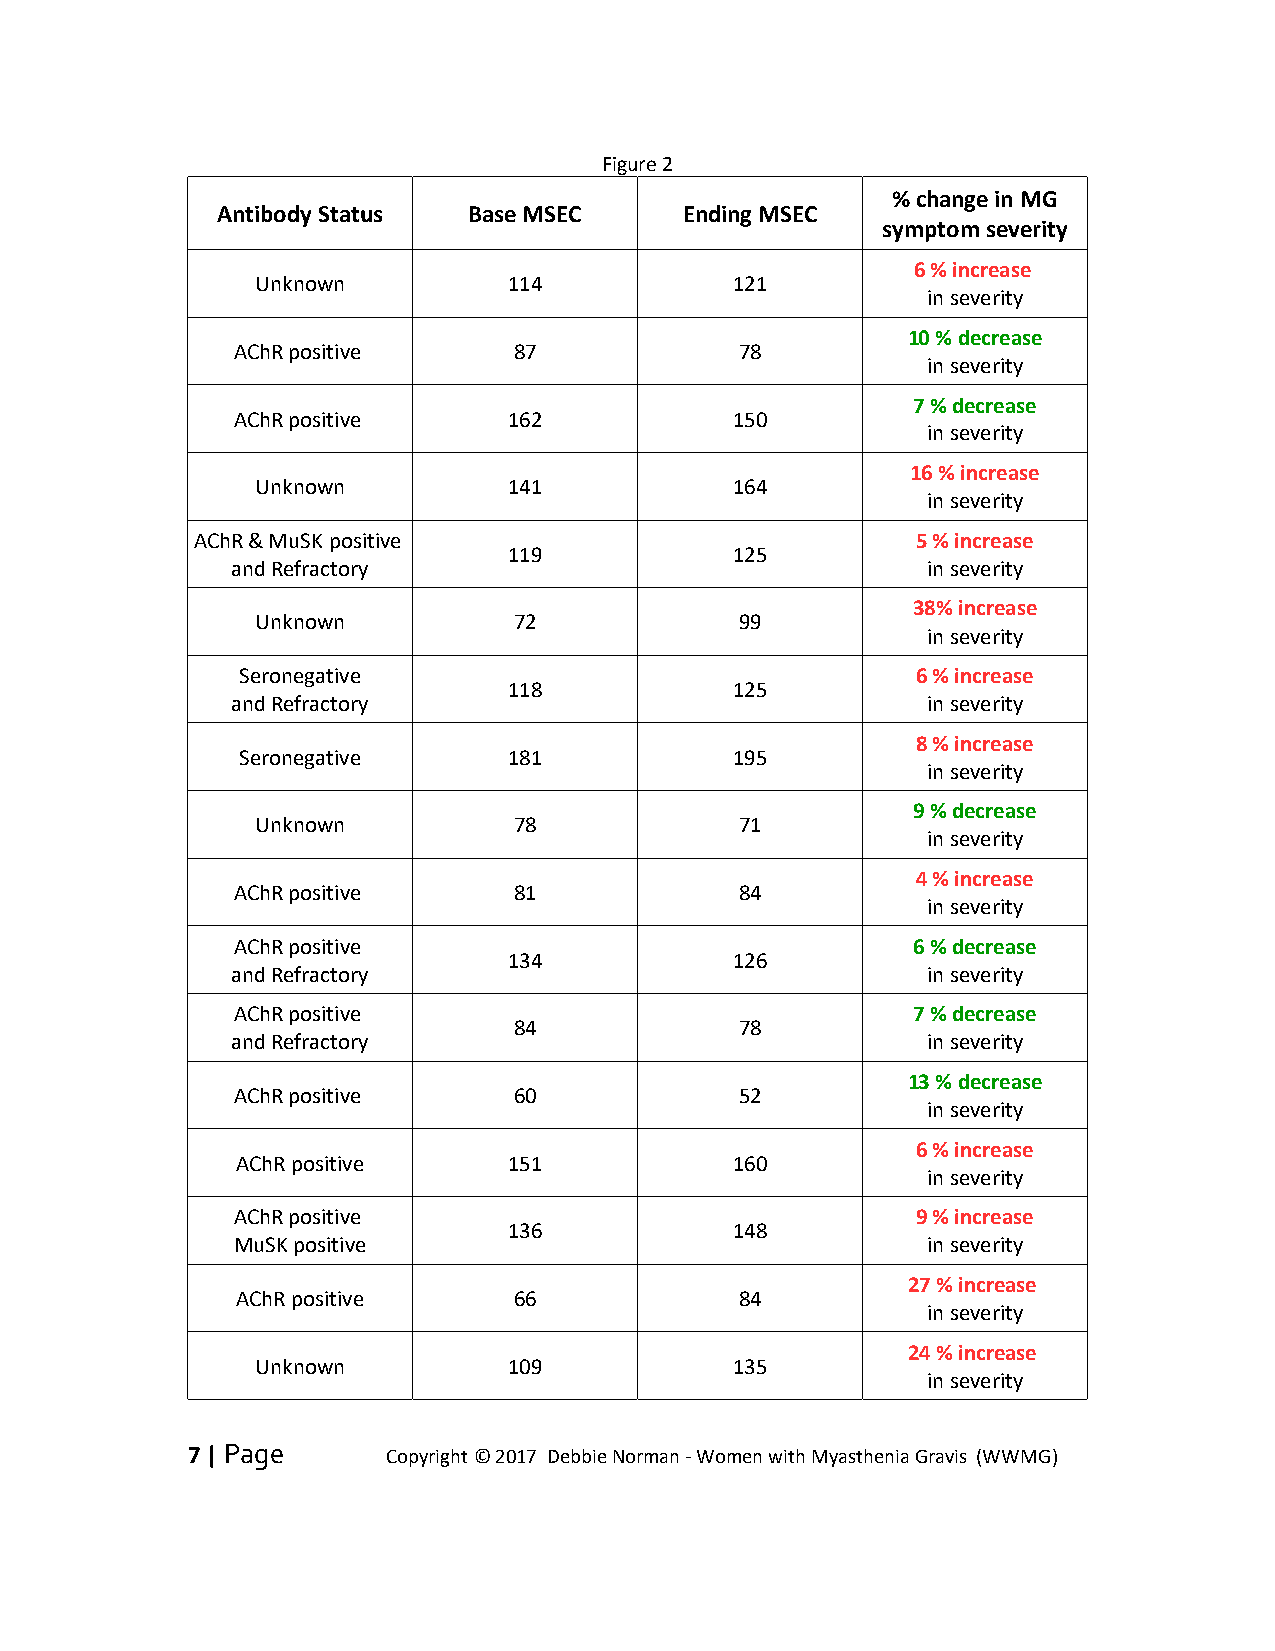
Figure 2
 % change in MG
 Antibody Status  Base MSEC     Ending MSEC
 symptom severity
 6 % increase
 Unknown          114            121
 in severity
 10 % decrease
 AChR positive      87             78
 in severity
 7 % decrease
 AChR positive      162            150
 in severity
 16 % increase
 Unknown          141            164
 in severity
 AChR & MuSK positive                            5 % increase
 119            125
 and Refractory                                in severity
 38% increase
 Unknown          72             99
 in severity
 Seronegative                                 6 % increase
 118            125
 and Refractory                                in severity
 8 % increase
 Seronegative      181            195
 in severity
 9 % decrease
 Unknown          78             71
 in severity
 4 % increase
 AChR positive      81             84
 in severity
 AChR positive                                6 % decrease
 134            126
 and Refractory                                in severity
 AChR positive                                7 % decrease
 84             78
 and Refractory                                in severity
 13 % decrease
 AChR positive      60             52
 in severity
 6 % increase
 AChR positive     151            160
 in severity
 AChR positive                                 9 % increase
 136            148
 MuSK positive                                in severity
 27 % increase
 AChR positive     66             84
 in severity
 24 % increase
 Unknown          109            135
 in severity
 7 | Page      Copyright © 2017 Debbie Norman - Women with Myasthenia Gravis (WWMG)